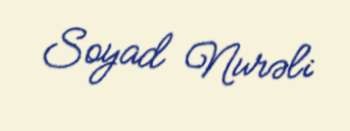
Soyad Nurəli